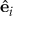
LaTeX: { \hat { \mathbf { e } } } _ { i }